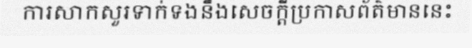
ការសាកសួរទាក់ទងនឹងសេចក្តីប្រកាសព័ត៌មាននេះ